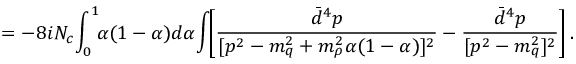
= - 8 i N _ { c } \! \int _ { 0 } ^ { 1 } \! \! \alpha ( 1 - \alpha ) d \alpha \! \int \! \! \left[ \frac { \bar { d } ^ { 4 } p } { [ p ^ { 2 } - m _ { q } ^ { 2 } + m _ { \rho } ^ { 2 } \alpha ( 1 - \alpha ) ] ^ { 2 } } - \frac { \bar { d } ^ { 4 } p } { [ p ^ { 2 } - m _ { q } ^ { 2 } ] ^ { 2 } } \right] .